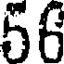
56